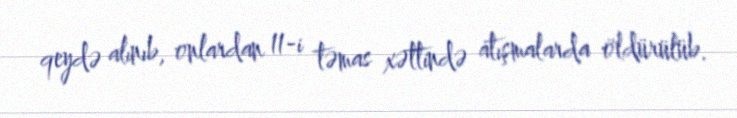
qeydə alınıb, onlardan 11-i təmas xəttində atışmalarda öldürülüb.